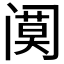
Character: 𲉆